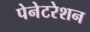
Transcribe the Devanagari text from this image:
पेनेटरेशन